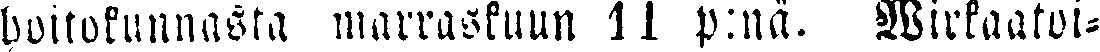
hoitokunnasta marraskuun 11 p:nä. Wirkaatoi-